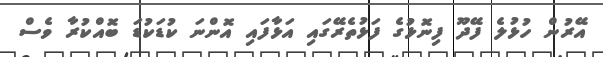
އޭރުން ހުޅުލެ ފޭދޫ ފިނޮޅުގެ ފަޅުތެރޭގައި އަޅާފައި އޮންނަ ކުޑަކުޑަ ބޮއްކުރާ ވެސް